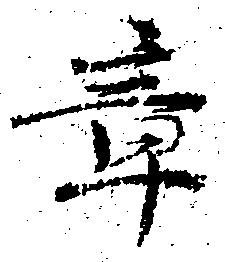
章